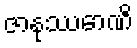
ဇာနုဿောဏိ